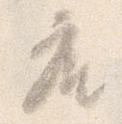
座